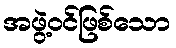
အဖွဲ့ဝင်ဖြစ်သော